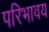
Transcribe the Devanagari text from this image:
परिभावय